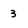
Character: 3